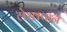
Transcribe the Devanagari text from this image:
लेखपान